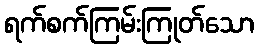
ရက်စက်ကြမ်းကြုတ်သော